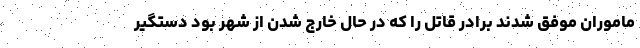
ماموران موفق شدند برادر قاتل را که در حال خارج شدن از شهر بود دستگیر